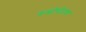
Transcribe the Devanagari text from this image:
क्रस्नोवोदक